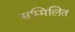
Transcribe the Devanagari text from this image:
सम्मिलित